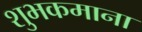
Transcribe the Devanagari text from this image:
शुभकमाना